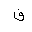
Letter: _fa